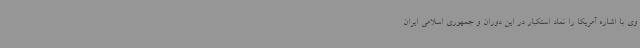
وی با اشاره آمریکا را نماد استکبار در این دوران و جمهوری اسلامی ایران